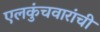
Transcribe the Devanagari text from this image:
एलकुंचवारांची